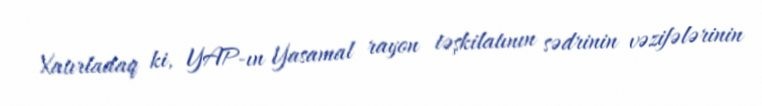
Xatırladaq ki, YAP-ın Yasamal rayon təşkilatının sədrinin vəzifələrinin